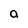
Character: a